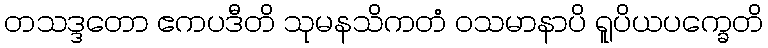
တသဒ္ဒတော ဧကပဒီတိ သုမနသိကတံ ဝသမာနာပိ ရူပိယပက္ခေတိ